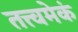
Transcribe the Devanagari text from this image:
तत्त्वमेकं